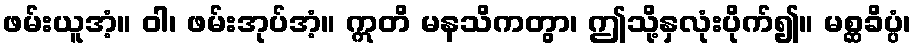
ဖမ်းယူအံ့။ ဝါ၊ ဖမ်းအုပ်အံ့။ ဣတိ မနသိကတွာ၊ ဤသို့နှလုံးပိုက်၍။ မစ္ဆခိပ္ပံ၊